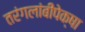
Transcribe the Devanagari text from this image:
तरंगलांबींपेक्षा